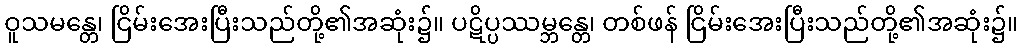
ဝူသမန္တေ၊ ငြိမ်းအေးပြီးသည်တို့၏အဆုံး၌။ ပဋိပ္ပဿမ္ဘန္တေ၊ တစ်ဖန် ငြိမ်းအေးပြီးသည်တို့၏အဆုံး၌။